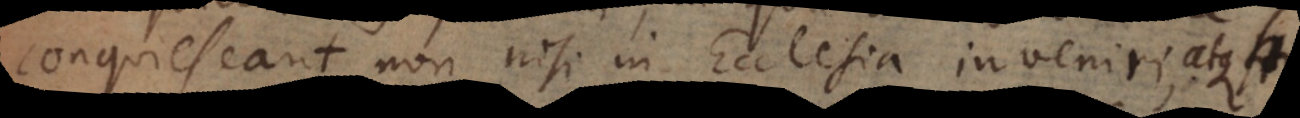
conquiescant non nisi in Ecclesia inveniri, atque